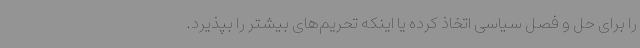
را برای حل و فصل سیاسی اتخاذ کرده یا اینکه تحریم‌های بیشتر را بپذیرد.